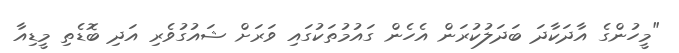
"މީހުންގެ އާދަކާދަ ބަދަލުކުރަން އެހެން ގައުމުތަކުގައި ވަރަށް ޝައުގުވެރި އަދި ބޮޑެތި މީޑިއާ